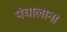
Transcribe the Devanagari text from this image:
पंचालाना